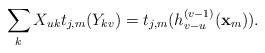
LaTeX: \begin{align*}\sum_k X_{uk}t_{j,m}(Y_{kv}) = t_{j,m}(h_{v-u}^{(v-1)}(\mathbf{x}_m)).\end{align*}